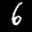
Label: 6